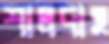
শালদাহ